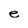
Character: e